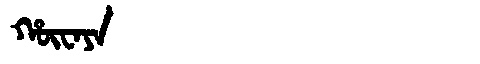
Manchu: ᡥᡡᠸᠠᠶᠠ
Romanization: HŪWAYA